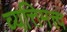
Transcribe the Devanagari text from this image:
व्यत्तिमत्त्व